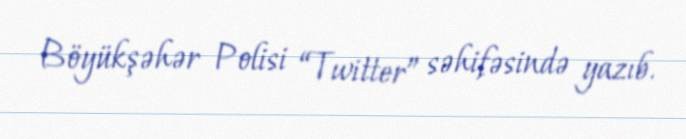
Böyükşəhər Polisi “Twitter” səhifəsində yazıb.